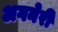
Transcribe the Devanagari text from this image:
अगनेरी